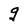
Character: g